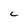
Character: c